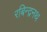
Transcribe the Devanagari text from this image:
रबिन्द्रनथ